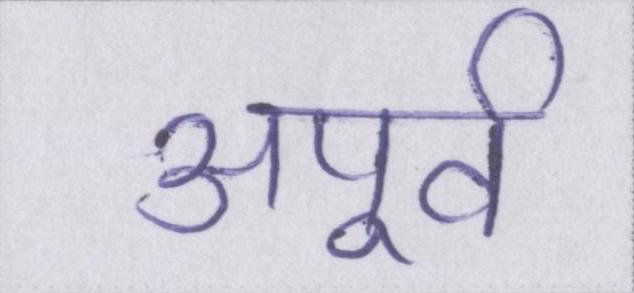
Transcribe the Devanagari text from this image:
अपूर्व